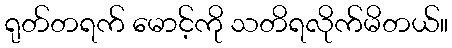
ရုတ်တရက် မောင့်ကို သတိရလိုက်မိတယ်။